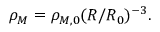
\rho _ { M } = \rho _ { M , 0 } ( R / R _ { 0 } ) ^ { - 3 } .